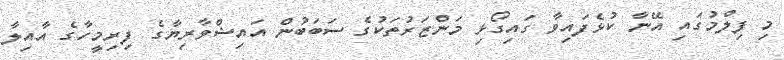
މި ފިލްމުގައި އޭނާ ކުޅެފައިވާ ގައިގޯޅި މަންޒަރުތަކުގެ ސަބަބުން އައިޝްވާރިޔާގެ ފިރިމީހާގެ އާއިލާ